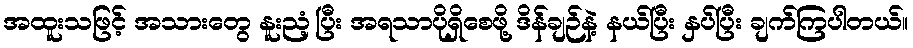
အထူးသဖြင့် အသားတွေ နူးညံ့ပြီး အရသာပိုရှိစေဖို့ ဒိန်ချဉ်နဲ့ နယ်ပြီး နှပ်ပြီး ချက်ကြပါတယ်။